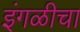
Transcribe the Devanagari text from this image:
इंगळीचा